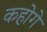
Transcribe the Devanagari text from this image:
कहोगे